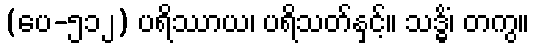
(ပေ-၅၁၂) ပရိဿာယ၊ ပရိသတ်နှင့်။ သဒ္ဓိံ၊ တကွ။